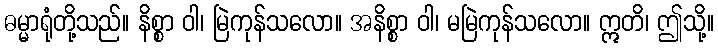
ဓမ္မာရုံတို့သည်။ နိစ္စာ ဝါ၊ မြဲကုန်သလော။ အနိစ္စာ ဝါ၊ မမြဲကုန်သလော။ ဣတိ၊ ဤသို့။